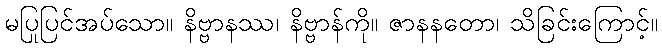
မပြုပြင်အပ်သော။ နိဗ္ဗာနဿ၊ နိဗ္ဗာန်ကို။ ဇာနနတော၊ သိခြင်းကြောင့်။